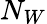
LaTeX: N_{W}